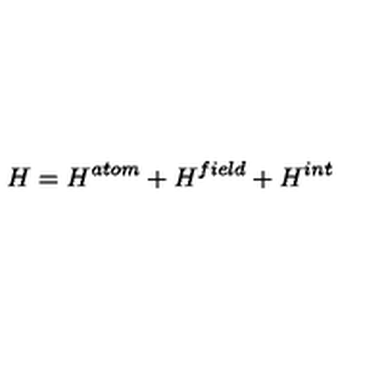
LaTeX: H = H ^ { a t o m } + H ^ { f i e l d } + H ^ { i n t }